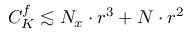
C _ { K } ^ { f } \lesssim N _ { x } \cdot r ^ { 3 } + N \cdot r ^ { 2 }